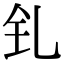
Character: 钆